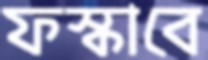
ফস্‌কাবে